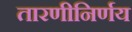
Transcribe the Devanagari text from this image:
तारणीनिर्णय